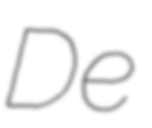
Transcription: De